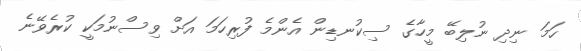
ހަމަ ނިދި ނުލިބޭ މީހާގެ ސިކުނޑިން އެންމެ ފުރިހަމަ އަށް ވިސްނުމަކީ ކުރެވޭނެ